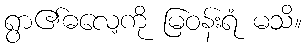
ရွာ၏ဓလေ့ကို မြဝန်းရံ မသိ။